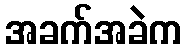
အခက်အခဲက